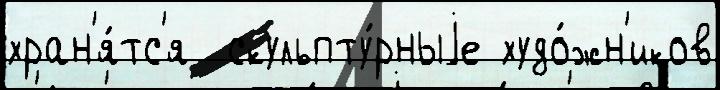
хран'я́тс'я  скульпту́рныjе худо́жн'иков